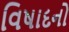
વિષાદનો